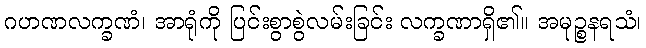
ဂဟဏလက္ခဏံ၊ အာရုံကို ပြင်းစွာစွဲလမ်းခြင်း လက္ခဏာရှိ၏။ အမုဉ္စနရသံ၊